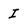
Character: I